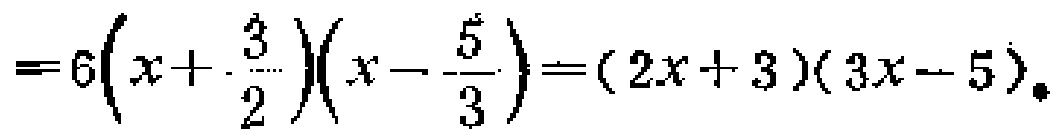
$=6\left(x + \frac{3}{2}\right)\left(x - \frac{5}{3}\right)=(2x + 3)(3x - 5)。$